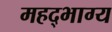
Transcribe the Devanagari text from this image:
महद्‌भाग्य